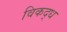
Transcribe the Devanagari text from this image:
विकद्ध